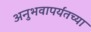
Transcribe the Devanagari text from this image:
अनुभवापर्यंतच्या